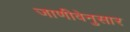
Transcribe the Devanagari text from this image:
जाणीवेनुसार